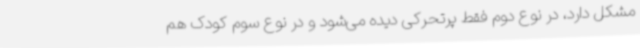
مشکل دارد، در نوع دوم فقط پرتحرکی دیده می‌شود و در نوع سوم کودک هم